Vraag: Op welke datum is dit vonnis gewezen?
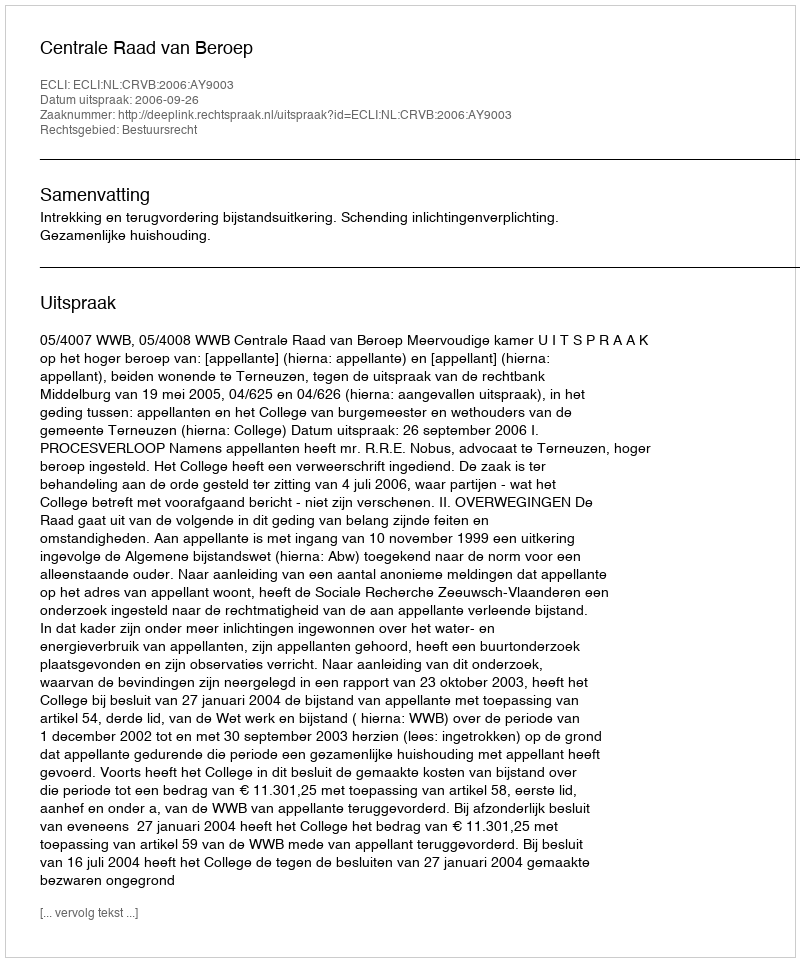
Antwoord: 2006-09-26